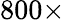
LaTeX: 800\times